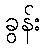
ခွန်း